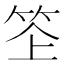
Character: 𥬧